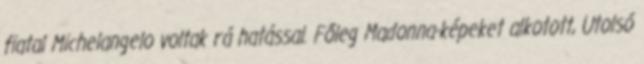
fiatal Michelangelo voltak rá hatással. Főleg Madonna-képeket alkotott, Utolsó